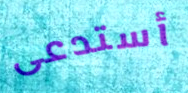
أستدعى